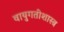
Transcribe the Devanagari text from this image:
वायुगतीशास्त्र